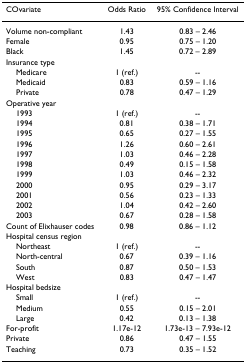
| COvariate | Odds Ratio | 95% Confidence Interval |
 | --- | --- | --- |
 | Volume non-compliant | 1.43 | 0.83 – 2.46 |
 | Female | 0.95 | 0.75 – 1.20 |
 | Black | 1.45 | 0.72 – 2.89 |
 | Insurance type |  |  |
 | Medicare | 1 (ref.) | -- |
 | Medicaid | 0.83 | 0.59 – 1.16 |
 | Private | 0.78 | 0.47 – 1.29 |
 | Operative year |  |  |
 | 1993 | 1 (ref.) | -- |
 | 1994 | 0.81 | 0.38 – 1.71 |
 | 1995 | 0.65 | 0.27 – 1.55 |
 | 1996 | 1.26 | 0.60 – 2.61 |
 | 1997 | 1.03 | 0.46 – 2.28 |
 | 1998 | 0.49 | 0.15 – 1.58 |
 | 1999 | 1.03 | 0.46 – 2.32 |
 | 2000 | 0.95 | 0.29 – 3.17 |
 | 2001 | 0.56 | 0.23 – 1.33 |
 | 2002 | 1.04 | 0.42 – 2.60 |
 | 2003 | 0.67 | 0.28 – 1.58 |
 | Count of Elixhauser codes | 0.98 | 0.86 – 1.12 |
 | Hospital census region |  |  |
 | Northeast | 1 (ref.) | -- |
 | North-central | 0.67 | 0.39 – 1.16 |
 | South | 0.87 | 0.50 – 1.53 |
 | West | 0.83 | 0.47 – 1.47 |
 | Hospital bedsize |  |  |
 | Small | 1 (ref.) | -- |
 | Medium | 0.55 | 0.15 – 2.01 |
 | Large | 0.42 | 0.13 – 1.38 |
 | For-profit | 1.17e-12 | 1.73e-13 – 7.93e-12 |
 | Private | 0.86 | 0.47 – 1.55 |
 | Teaching | 0.73 | 0.35 – 1.52 |